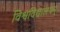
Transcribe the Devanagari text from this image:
विश्वविद्यालयम्‌